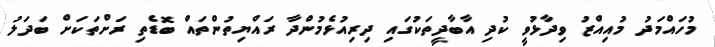
މުހައްމަދު މުއިއްޒު ވިދާޅުވީ ކުދި އާބާދީތަކުގައި ދިރިއުޅެމުންދާ ރައްޔިތުންތައް ބޮޑެތި ރަށްތަކަށް ބަދަލު